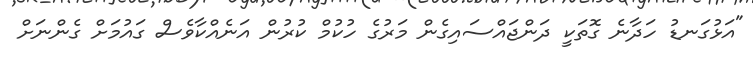
"އަޅުގަނޑު ހަދާނެ ގޮތަކީ ދަންޖައްސައިގެން މަރުގެ ހުކުމް ކުރުން އަނެއްކާވެސް ގައުމަށް ގެންނަށް